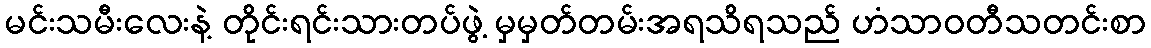
မင်းသမီးလေးနဲ့ တိုင်းရင်းသားတပ်ဖွဲ့ မှမှတ်တမ်းအရသိရသည် ဟံသာဝတီသတင်းစာ